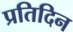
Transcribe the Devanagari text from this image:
प्रतिदिन